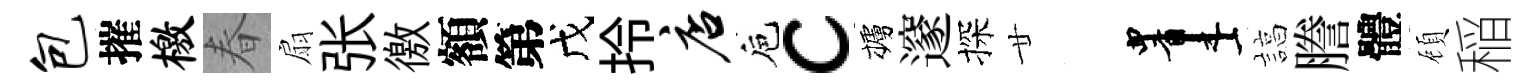
包摧檄春扇张徼額第戊拎店巵c櫨邃探廿画諄謄體頋稲